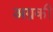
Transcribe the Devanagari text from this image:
अग्रकी